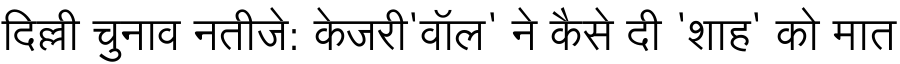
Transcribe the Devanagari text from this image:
दिल्ली चुनाव नतीजे: केजरी'वॉल' ने कैसे दी 'शाह' को मात